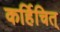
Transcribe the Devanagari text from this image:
कर्हिचित्